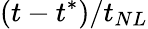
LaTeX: (t-t^{*})/t_{NL}